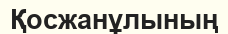
Қосжанұлының